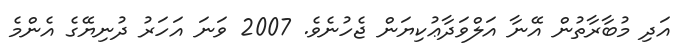
އަދި މުބާރާތުން އޭނާ އަލްވަދާޢުކިޔަން ޖެހުނެވެ. 2007 ވަނަ އަހަރު ދުނިޔޭގެ އެންމެ